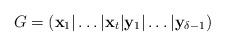
LaTeX: \begin{align*}G=(\mathbf{x}_1|\dots|\mathbf{x}_t|\mathbf{y}_{1}|\dots|\mathbf{y}_{\delta-1})\end{align*}